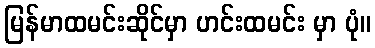
မြန်မာထမင်းဆိုင်မှာ ဟင်းထမင်း မှာ ပုံ။